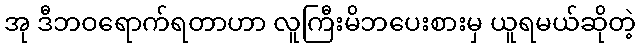
အု ဒီဘဝရောက်ရတာဟာ လူကြီးမိဘပေးစားမှ ယူရမယ်ဆိုတဲ့